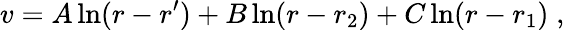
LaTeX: v=A\ln(r-r^{\prime})+B\ln(r-r_{2})+C\ln(r-r_{1})\; ,